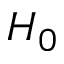
H _ { 0 }